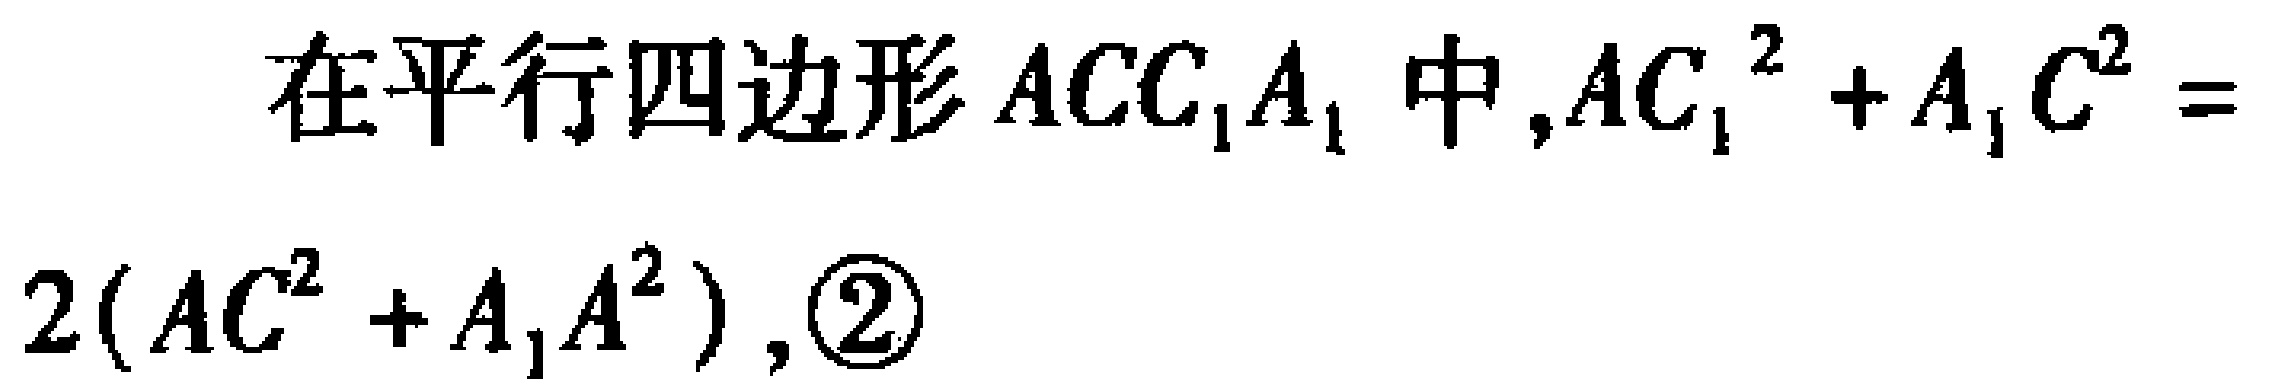
在平行四边形\(ACC_{1}A_{1}\)中,\(AC_{1}^{2} + A_{1}C^{2} = 2(AC^{2} + A_{1}A^{2})\),\textcircled{2}